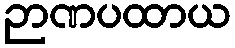
ဉာဏပထာယ